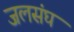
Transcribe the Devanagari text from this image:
जलसंघ